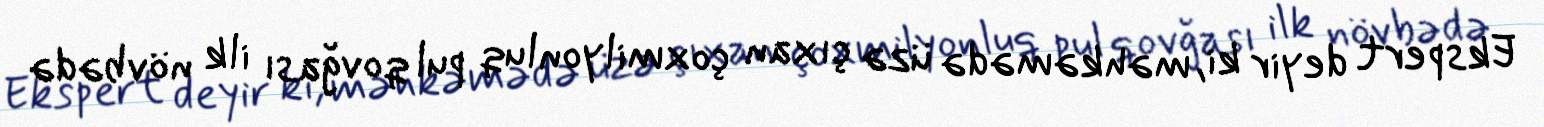
Ekspert deyir ki, məhkəmədə üzə çıxan çoxmilyonluq pul qovğası ilk növbədə